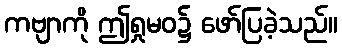
ကဗျာကို ဤရှုမဝ၌ ဖော်ပြခဲ့သည်။